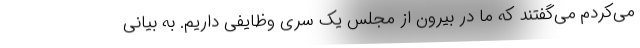
می‌کردم می‌گفتند که ما در بیرون از مجلس یک سری وظایفی داریم. به بیانی